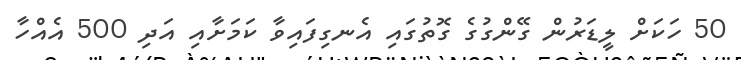
50 ހަކަށް ލީޑަރުން ގޭންގުގެ ގޮތުގައި އެނގިފައިވާ ކަމަށާއި އަދި 500 އެއްހާ